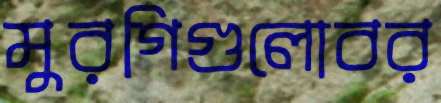
মুরগিগুলোবর